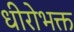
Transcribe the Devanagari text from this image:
धीरोभक्त